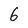
Character: 6